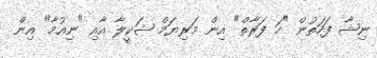
ނިޝާ ފަހަތުން "ހަ ފަރާތް" އިން މަރިޔަމް ޝަކީލާ އާއި "ނިއުމާ" އިން